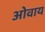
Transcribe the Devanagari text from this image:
ओवाय